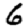
Digit: 6